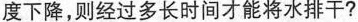
度下降，则经过多长时间才能将水排干？